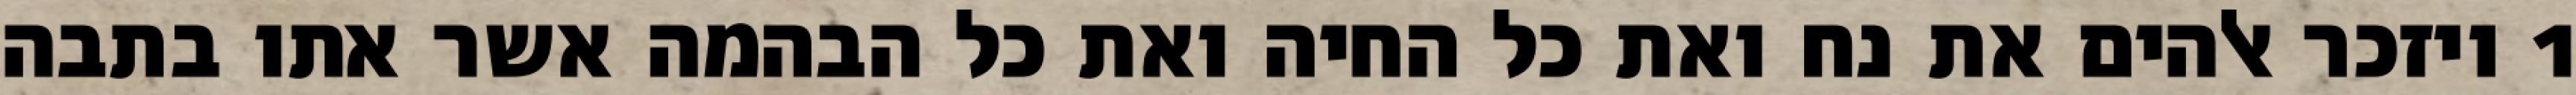
1 ויזכר אלהים את נח ואת כל החיה ואת כל הבהמה אשר אתו בתבה